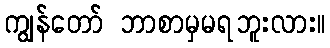
ကျွန်တော် ဘာစာမှမရဘူးလား။